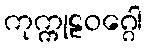
ကုက္ကုဠဝဂ္ဂေါ